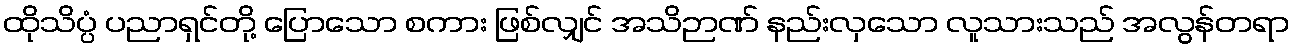
ထိုသိပ္ပံ ပညာရှင်တို့ ပြောသော စကား ဖြစ်လျှင် အသိဉာဏ် နည်းလှသော လူသားသည် အလွန်တရာ